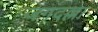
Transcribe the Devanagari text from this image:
जगदल्ला